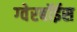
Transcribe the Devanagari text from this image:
ग्‍वेरबॉईस